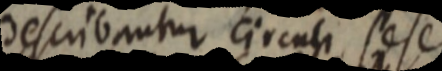
describantur circuli sese